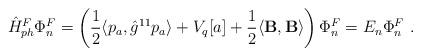
LaTeX: \begin{align*}\hat{H}_{ph}^F\Phi _n^F=\left( \frac 12 \langle p_a,\hat{g}^{11}p_a\rangle + V_q[a] +\frac 12 \langle {\bf B},{\bf B} \rangle\right)\Phi _n^F=E_n\Phi _n^F\ .\end{align*}